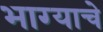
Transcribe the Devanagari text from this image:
भाग्याचे